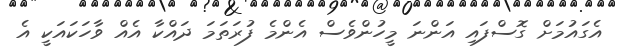
އެގައުމަށް ގޮސްފައި އަންނަ މީހުންވެސް އެންމެ ފުރަތަމަ ދައްކާ އެއް ވާހަކައަކީ އެ